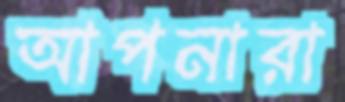
আপনারা